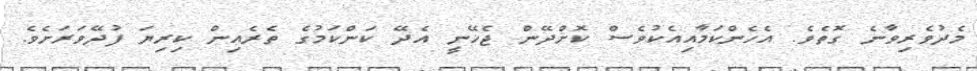
މެދުވެރިވާނެ ގޮތެވެ. އެހެންކަމާއިއެކުވެސް ކޮށްދޭން ޖެހޭނީ އެދޭ ކަންކަމުގެ ތެރެއިން ކިރިޔަ ފުދޭވަރަށެވެ.